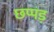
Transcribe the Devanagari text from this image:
छप्पड़